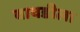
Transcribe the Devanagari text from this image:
बावडीला